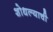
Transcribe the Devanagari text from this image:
शोधल्याची